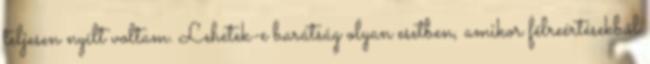
teljesen nyílt voltam. Lehetek-e barátság olyan esetben, amikor félreértésekből